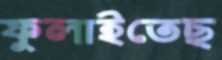
ফুলাইতেছ